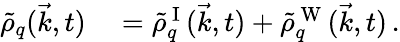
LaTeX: \begin{array}{rl}{\tilde{\rho}_{q}(\vec{k},t)}&{{}=\tilde{\rho}_{q}^{\mathrm{~I~}}(\vec{k},t)+\tilde{\rho}_{q}^{\mathrm{~W~}}(\vec{k},t)\, .}\end{array}